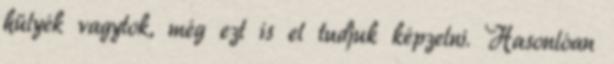
hülyék vagytok, még ezt is el tudjuk képzelni. Hasonlóan